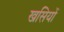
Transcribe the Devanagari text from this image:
खसियों